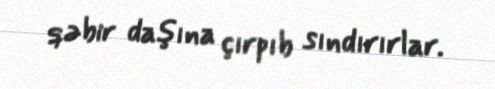
qəbir daşına çırpıb sındırırlar.